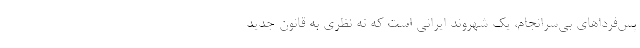
پس‌فرداهاي بي‌سرانجام، يك شهروند ايراني است كه نه نظري به قانون جديد